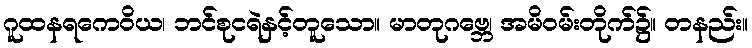
ဂူထနရကေဝိယ၊ ဘင်စုငရဲနှင့်တူသော။ မာတုဂဗ္ဘေ၊ အမိဝမ်းတိုက်၌။ တနည်း။